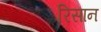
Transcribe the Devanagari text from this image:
रिसान